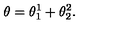
\theta = \theta _ { 1 } ^ { 1 } + \theta _ { 2 } ^ { 2 } .